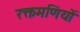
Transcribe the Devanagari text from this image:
रक्तमणियों